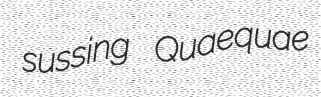
sussing Quaequae